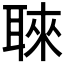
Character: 𮋳